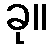
ခု။